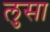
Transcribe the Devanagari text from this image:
लुसा